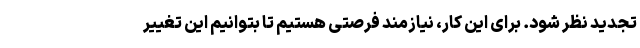
تجدید نظر شود. برای این کار، نیازمند فرصتی هستیم تا بتوانیم این تغییر